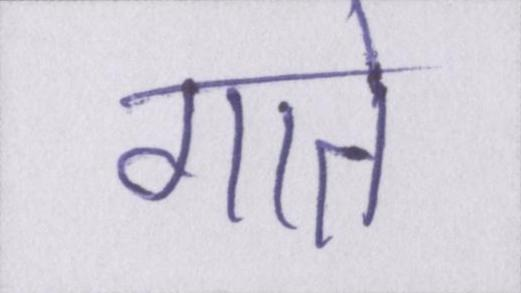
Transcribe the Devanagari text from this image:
गाते